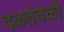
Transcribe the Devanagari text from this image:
दळतेवेळी